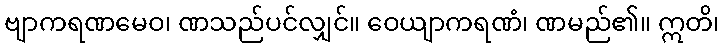
ဗျာကရဏမေဝ၊ ဏသည်ပင်လျှင်။ ဝေယျာကရဏံ၊ ဏမည်၏။ ဣတိ၊